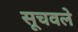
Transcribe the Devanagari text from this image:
सूचवले